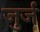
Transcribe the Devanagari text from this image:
जुर्ज